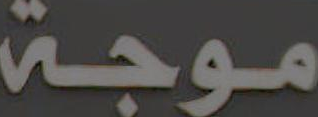
موجة